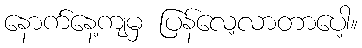
နောက်နေ့ကျမှ ပြန်လေ့လာတာပေါ့။